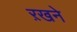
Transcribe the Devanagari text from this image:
ऱखने